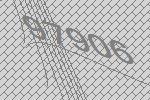
97906